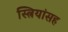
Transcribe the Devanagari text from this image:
स्त्रियांसह